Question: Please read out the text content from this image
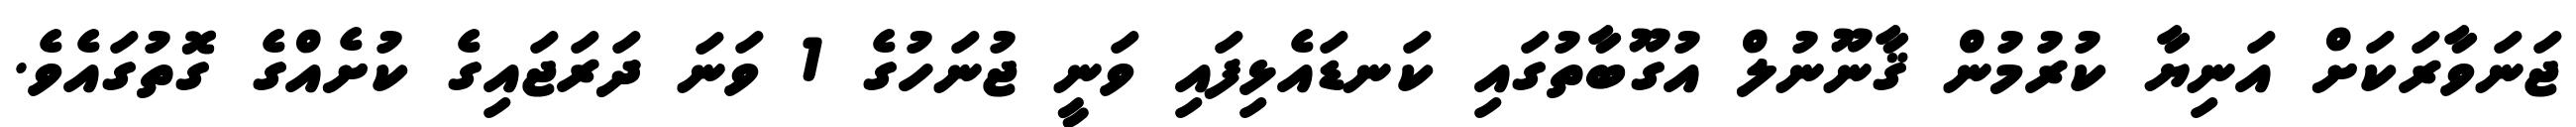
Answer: ޖަނަވާރަކަށް އަނިޔާ ކުރުމުން ޤާނޫނުލް އުގޫބާތުގައި ކަނޑައެޅިފައި ވަނީ ޖުނަހުގެ 1 ވަނަ ދަރަޖައިގެ ކުށެއްގެ ގޮތުގައެވެ.